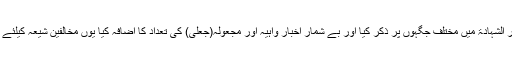
انہوں نے ان اجزا کی روایات کو اسرار الشہادۃ میں مختلف جگہوں پر ذکر کیا اور بے شمار اخبار واہیہ اور مجعولہ(جعلی) کی تعداد کا اضافہ کیا یوں مخالفینِ شیعہ کیلئے طعن، استہزاء کے ابواب کھول دئے ۔